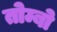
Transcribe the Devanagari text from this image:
तोम्बो